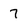
Character: 7